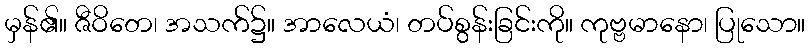
မှန်၏။ ဇီဝိတေ၊ အသက်၌။ အာလေယံ၊ တပ်စွန်းခြင်းကို။ ကုဗ္ဗမာနော၊ ပြုသော။